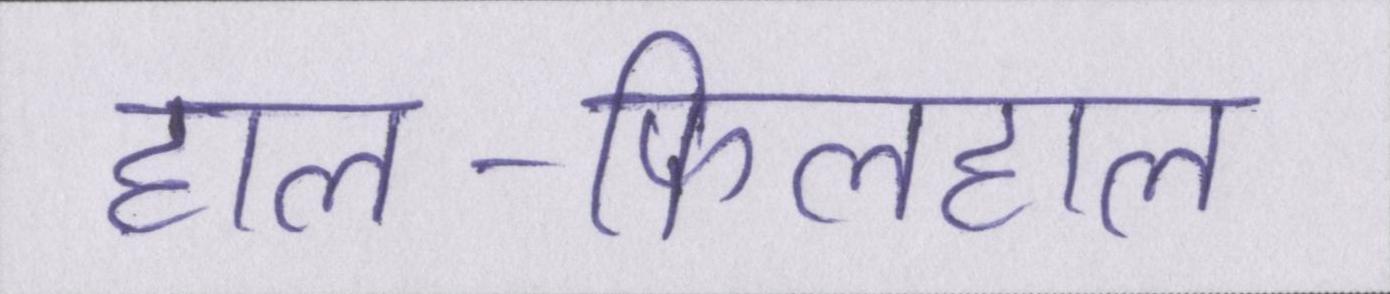
हाल-फिलहाल